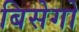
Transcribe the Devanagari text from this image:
बिसेगो